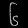
Digit: ၆